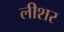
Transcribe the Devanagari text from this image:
लीशर